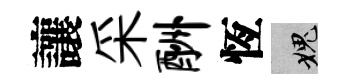
讓采酬恆愧